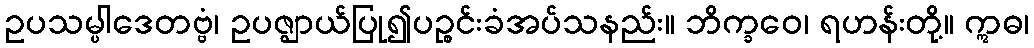
ဥပသမ္ပါဒေတဗ္ဗံ၊ ဥပဇ္ဈာယ်ပြု၍ပဉ္စင်းခံအပ်သနည်း။ ဘိက္ခဝေ၊ ရဟန်းတို့။ ဣဓ၊